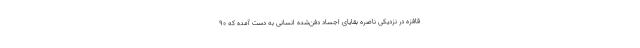
قافزه در نزدیکی ناصره بقایای اجساد دفن‌شده انسانی به دست آمده که ۹۰